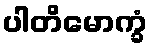
ပါတိမောက္ခံ